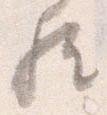
歟